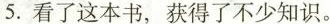
5.看了这本书，获得了不少知识。